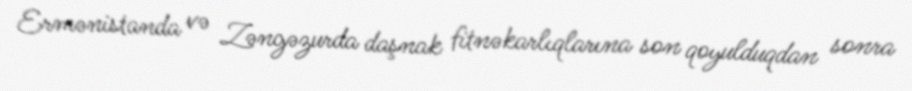
Ermənistanda və Zəngəzurda daşnak fitnəkarlıqlarına son qoyulduqdan sonra